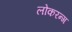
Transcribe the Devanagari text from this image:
लोकरन्ग